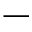
-